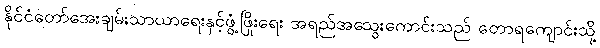
နိုင်ငံတော်အေးချမ်းသာယာရေးနှင့်ဖွံ့ဖြိုးရေး အရည်အသွေးကောင်းသည် တောရကျောင်းသို့